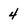
Character: 4